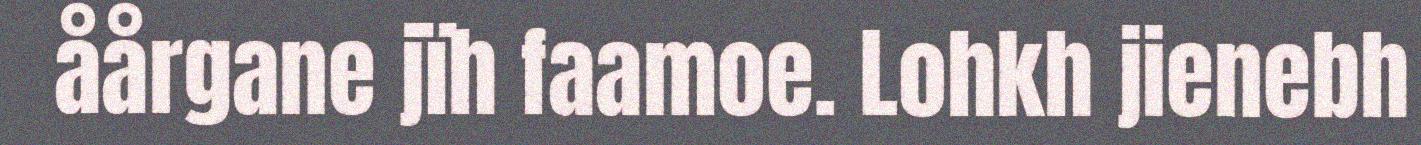
åårgane jïh faamoe. Lohkh jienebh